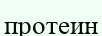
протеин